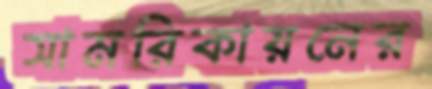
সামরিকায়নের